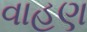
વાહણ